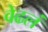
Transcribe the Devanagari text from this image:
वेढलं